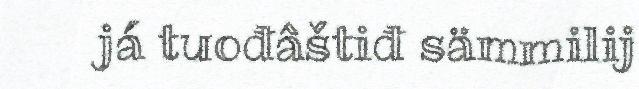
já tuođâštiđ sämmilij